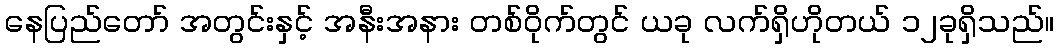
နေပြည်တော် အတွင်းနှင့် အနီးအနား တစ်ဝိုက်တွင် ယခု လက်ရှိဟိုတယ် ၁၂ခုရှိသည်။